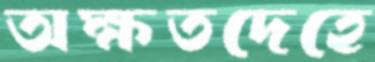
অক্ষতদেহে